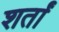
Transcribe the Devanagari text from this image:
शर्तां